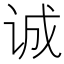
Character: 诚